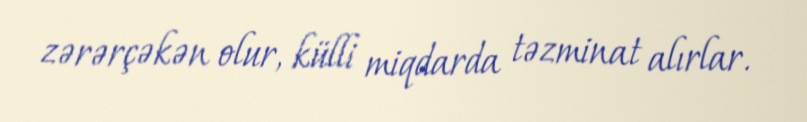
zərərçəkən olur, külli miqdarda təzminat alırlar.